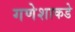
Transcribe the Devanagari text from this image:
गणेशाकडे